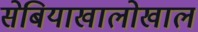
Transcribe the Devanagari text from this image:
सेबियाखालोखाल